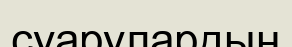
суарулардың